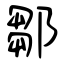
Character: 鄒